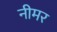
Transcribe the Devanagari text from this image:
नीमर